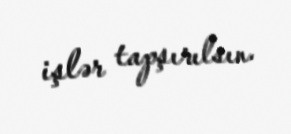
işlər tapşırılsın.